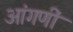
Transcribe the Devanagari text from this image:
आंगणीं